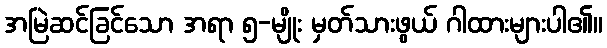
အမြဲဆင်ခြင်သော အရာ ၅-မျိုး မှတ်သားဖွယ် ဂါထားများပါ၏။